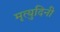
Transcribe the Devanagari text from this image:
मृत्युदिनी